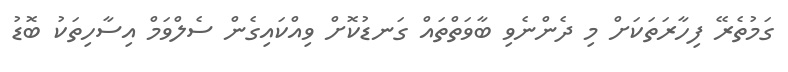
ގަމުތެރޭ ފިހާރަތަކަށް މި ދެންނެވި ބާވަތްތައް ގަނޑުކޮށް ވިއްކައިގެން ސެލްވަމް އިސާހިތަކު ބޮޑު